Scottish Leaving Certificate Examination, 1956
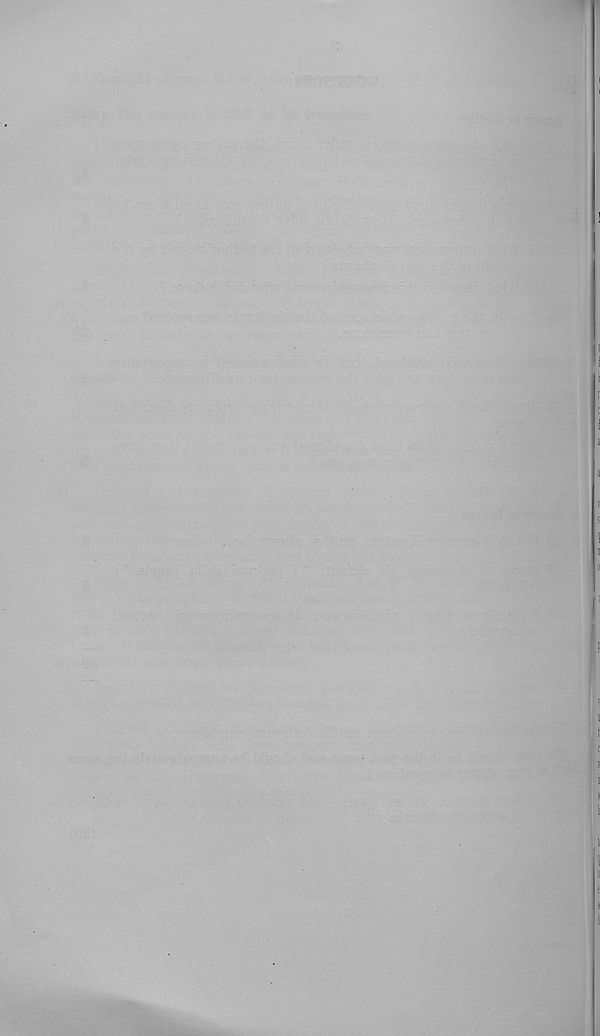
1
i
I
i
1
n
lo
a
;jtl
I t
o
e